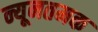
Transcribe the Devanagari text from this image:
न्यूनतमक